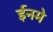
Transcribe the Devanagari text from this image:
ईनमे